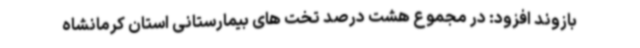
بازوند افزود: در مجموع هشت درصد تخت های بیمارستانی استان کرمانشاه